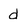
Character: d